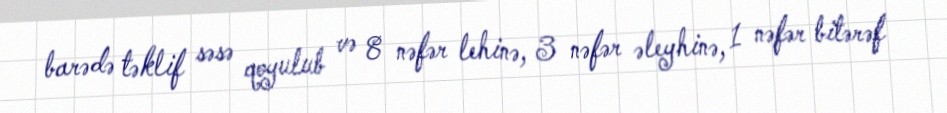
barədə təklif səsə qoyulub və 8 nəfər lehinə, 3 nəfər əleyhinə, 1 nəfər bitərəf